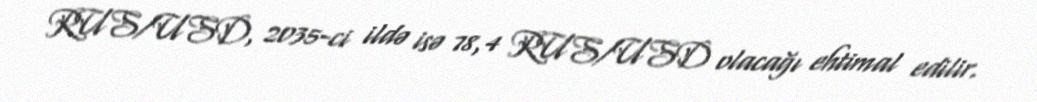
RUS/USD, 2035-ci ildə isə 78,4 RUS/USD olacağı ehtimal edilir.